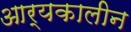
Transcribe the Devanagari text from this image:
आर्यकालीन